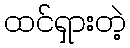
ထင်ရှားတဲ့